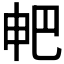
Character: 𤰷